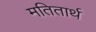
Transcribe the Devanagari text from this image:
मतितार्थ